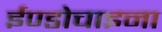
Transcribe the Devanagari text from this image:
ईण्डोचाइना